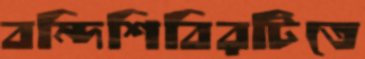
বন্দিশিবিরটিতে